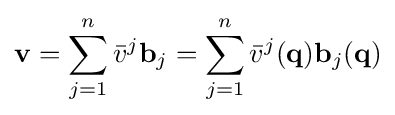
\mathbf {v} =\sum _{j=1}^{n}{\bar {v}}^{j}\mathbf {b} _{j}=\sum _{j=1}^{n}{\bar {v}}^{j}(\mathbf {q} )\mathbf {b} _{j}(\mathbf {q} )